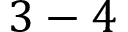
3 - 4